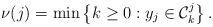
LaTeX: \begin{align*} \nu(j) = \min \left\lbrace k \geq 0: y_{j} \in \mathcal C_k^j \right\rbrace.\end{align*}